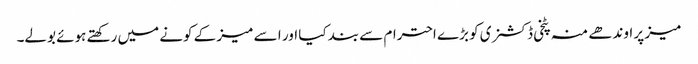
میز پر اوندھے منہ پٹخی ڈکشنری کو بڑے احترام سے بند کیا اور ا سے میز کے کونے میں رکھتے ہوئے بولے۔